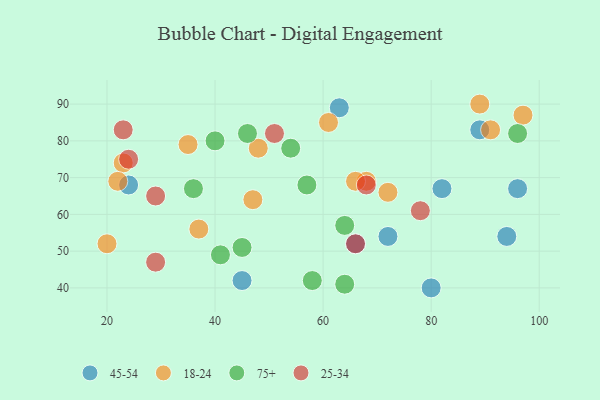
{"axis": {"x": "GDP", "y": "Life Expectancy"}, "legend": ["18-24", "25-34", "45-54", "75+"], "data": [{"x": "24", "y": 68, "type": "45-54"}, {"x": "63", "y": 89, "type": "45-54"}, {"x": "66", "y": 52, "type": "45-54"}, {"x": "80", "y": 40, "type": "45-54"}, {"x": "94", "y": 54, "type": "45-54"}, {"x": "45", "y": 42, "type": "45-54"}, {"x": "89", "y": 83, "type": "45-54"}, {"x": "82", "y": 67, "type": "45-54"}, {"x": "96", "y": 67, "type": "45-54"}, {"x": "72", "y": 54, "type": "45-54"}, {"x": "68", "y": 69, "type": "18-24"}, {"x": "89", "y": 90, "type": "18-24"}, {"x": "91", "y": 83, "type": "18-24"}, {"x": "47", "y": 64, "type": "18-24"}, {"x": "66", "y": 69, "type": "18-24"}, {"x": "72", "y": 66, "type": "18-24"}, {"x": "23", "y": 74, "type": "18-24"}, {"x": "35", "y": 79, "type": "18-24"}, {"x": "22", "y": 69, "type": "18-24"}, {"x": "97", "y": 87, "type": "18-24"}, {"x": "20", "y": 52, "type": "18-24"}, {"x": "48", "y": 78, "type": "18-24"}, {"x": "37", "y": 56, "type": "18-24"}, {"x": "61", "y": 85, "type": "18-24"}, {"x": "57", "y": 68, "type": "75+"}, {"x": "40", "y": 80, "type": "75+"}, {"x": "46", "y": 82, "type": "75+"}, {"x": "64", "y": 57, "type": "75+"}, {"x": "36", "y": 67, "type": "75+"}, {"x": "45", "y": 51, "type": "75+"}, {"x": "54", "y": 78, "type": "75+"}, {"x": "96", "y": 82, "type": "75+"}, {"x": "41", "y": 49, "type": "75+"}, {"x": "64", "y": 41, "type": "75+"}, {"x": "58", "y": 42, "type": "75+"}, {"x": "29", "y": 65, "type": "25-34"}, {"x": "29", "y": 47, "type": "25-34"}, {"x": "51", "y": 82, "type": "25-34"}, {"x": "68", "y": 68, "type": "25-34"}, {"x": "78", "y": 61, "type": "25-34"}, {"x": "23", "y": 83, "type": "25-34"}, {"x": "66", "y": 52, "type": "25-34"}, {"x": "24", "y": 75, "type": "25-34"}]}